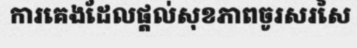
ការគេងដែលផ្តល់សុខភាពចូរសរសៃ